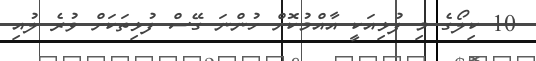
10 ކިލޯގެ މި ފުޅިއަކީ އާއްމުކޮށް ހުންނަ ގޭސް ފުޅިތަކަށް ވުރެ ލުއި